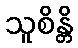
သူစိန္တိ